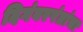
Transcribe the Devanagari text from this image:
दिगंबरपंतांचा